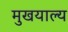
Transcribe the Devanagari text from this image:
मुखयाल्य